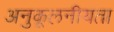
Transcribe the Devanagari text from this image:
अनुकूलनीयता